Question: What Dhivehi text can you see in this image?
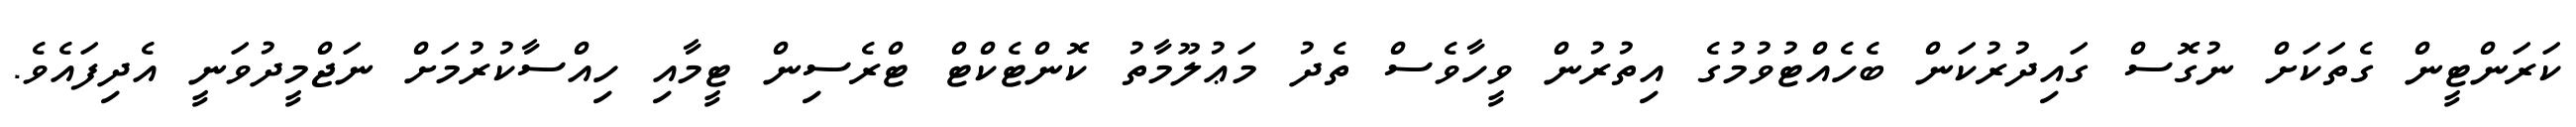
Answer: ކަރަންޓީން ގެތަކަށް ނުގޮސް ގައިދުރުކަން ބެހެއްޓުވުމުގެ އިތުރުން ވީހާވެސް ތެދު މަޢުލޫމާތު ކޮންޓެކްޓް ޓްރެސިން ޓީމާއި ހިއްސާކުރުމަށް ނަޖްމީދުވަނީ އެދިފައެވެ.